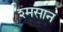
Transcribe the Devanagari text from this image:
श्मसान